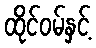
ထိုင်ဝမ်နှင့်